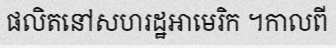
ផលិតនៅសហរដ្ឋអាមេរិក ។កាលពី